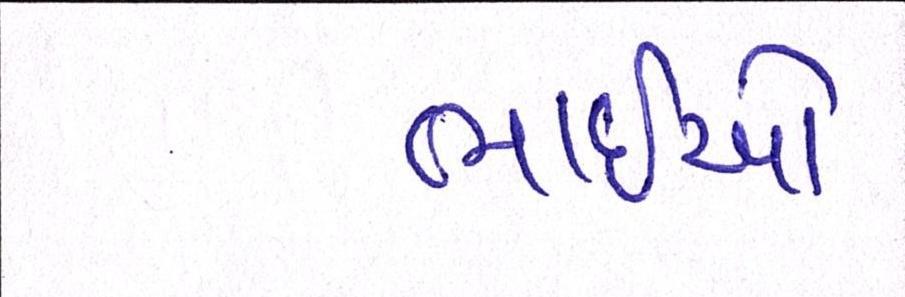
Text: ભાઈઓ